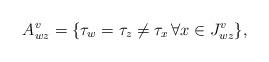
LaTeX: \begin{align*}A^v_{wz}=\{\tau_w=\tau_z\neq \tau_x \,\forall x\in J^v_{wz}\},\end{align*}